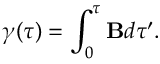
\gamma ( \tau ) = \int _ { 0 } ^ { \tau } \mathbf { B } d \tau ^ { \prime } .